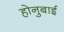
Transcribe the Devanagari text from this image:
होनुबाई